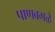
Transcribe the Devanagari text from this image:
पाणबगळे